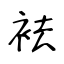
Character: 袪